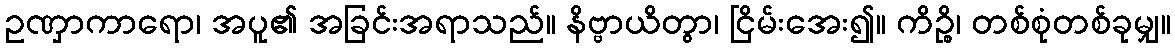
ဥဏှာကာရော၊ အပူ၏ အခြင်းအရာသည်။ နိဗ္ဗာယိတွာ၊ ငြိမ်းအေး၍။ ကိဉ္စိ၊ တစ်စုံတစ်ခုမျှ။